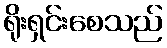
ရိုးရှင်းစေသည်